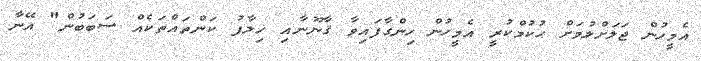
އެމީހުން ޖަލަށްލުމަށް ޙުކުމްކުރީ އެމީހުން ހިންގާފައިވާ ޤާނޫނާއި ޚިލާފު ކަންތައްތަކެއް ސަބަބުން" އޭނާ